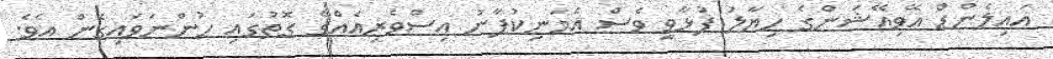
އައިލެންޑް އޭވިއޭޝަންގެ ހިޔާލު ފުޅާވީ ވެސް އެމަނިކުފާނު އިސްވެރިއެއްގެ ގޮތުގައި ހުންނަވައިގެން އެވެ.